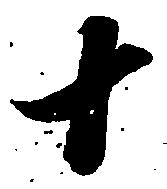
十